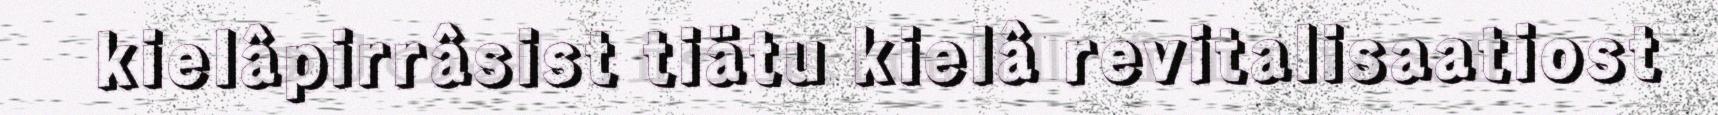
kielâpirrâsist tiätu kielâ revitalisaatiost